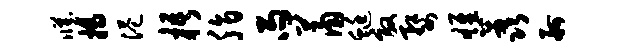
臧揭港梧脂雨萧蜓效婺雄荔舸